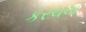
કરચલા